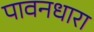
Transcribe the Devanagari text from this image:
पावनधारा